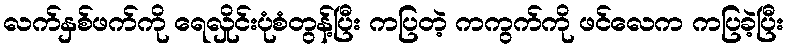
လက်နှစ်ဖက်ကို ရေလှိုင်းပုံစံတွန့်ပြီး ကပြတဲ့ ကကွက်ကို ဖင်လေက ကပြခဲ့ပြီး